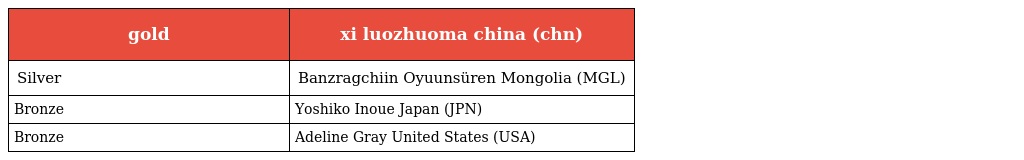
| gold | xi luozhuoma china (chn) |
 | --- | --- |
 | Silver | Banzragchiin Oyuunsüren Mongolia (MGL) |
 | Bronze | Yoshiko Inoue Japan (JPN) |
 | Bronze | Adeline Gray United States (USA) |